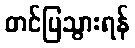
တင်ပြသွားရန်